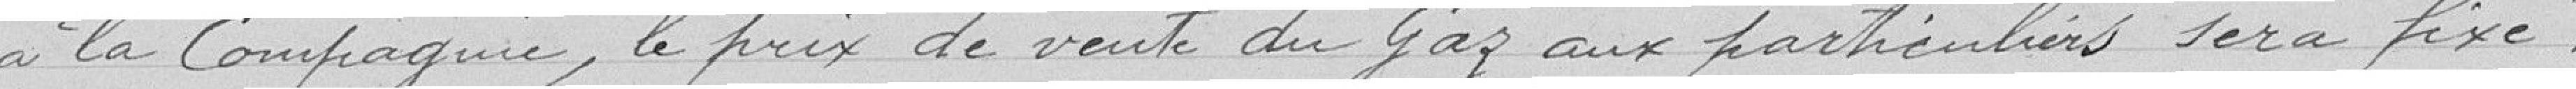
à la Compagnie, le prix de venter du Gaz aux particuliers sera fixé :